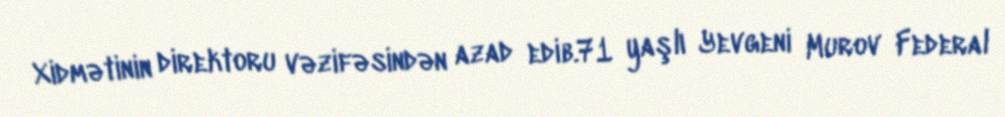
Xidmətinin direktoru vəzifəsindən azad edib.71 yaşlı Yevgeni Murov Federal